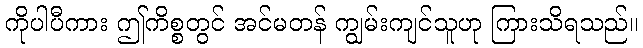
ကိုပါပီကား ဤကိစ္စတွင် အင်မတန် ကျွမ်းကျင်သူဟု ကြားသိရသည်။